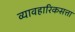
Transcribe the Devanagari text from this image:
व्यावहारिकसत्ता